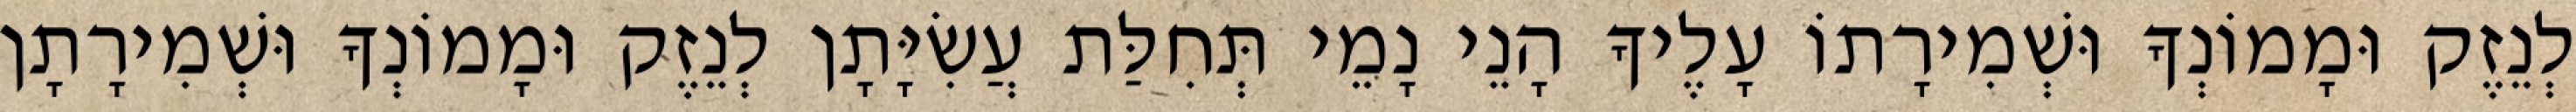
לְנֵזֶק וּמָמוֹנְךָ וּשְׁמִירָתוֹ עָלֶיךָ הָנֵי נָמֵי תְּחִלַּת עֲשִׂיָּתָן לְנֵזֶק וּמָמוֹנְךָ וּשְׁמִירָתָן